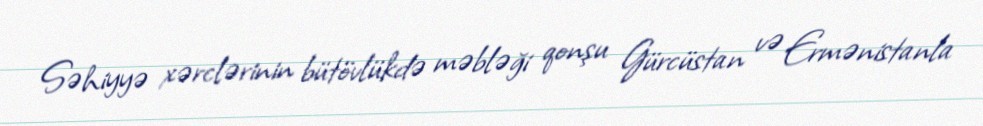
Səhiyyə xərclərinin bütövlükdə məbləği qonşu Gürcüstan və Ermənistanla